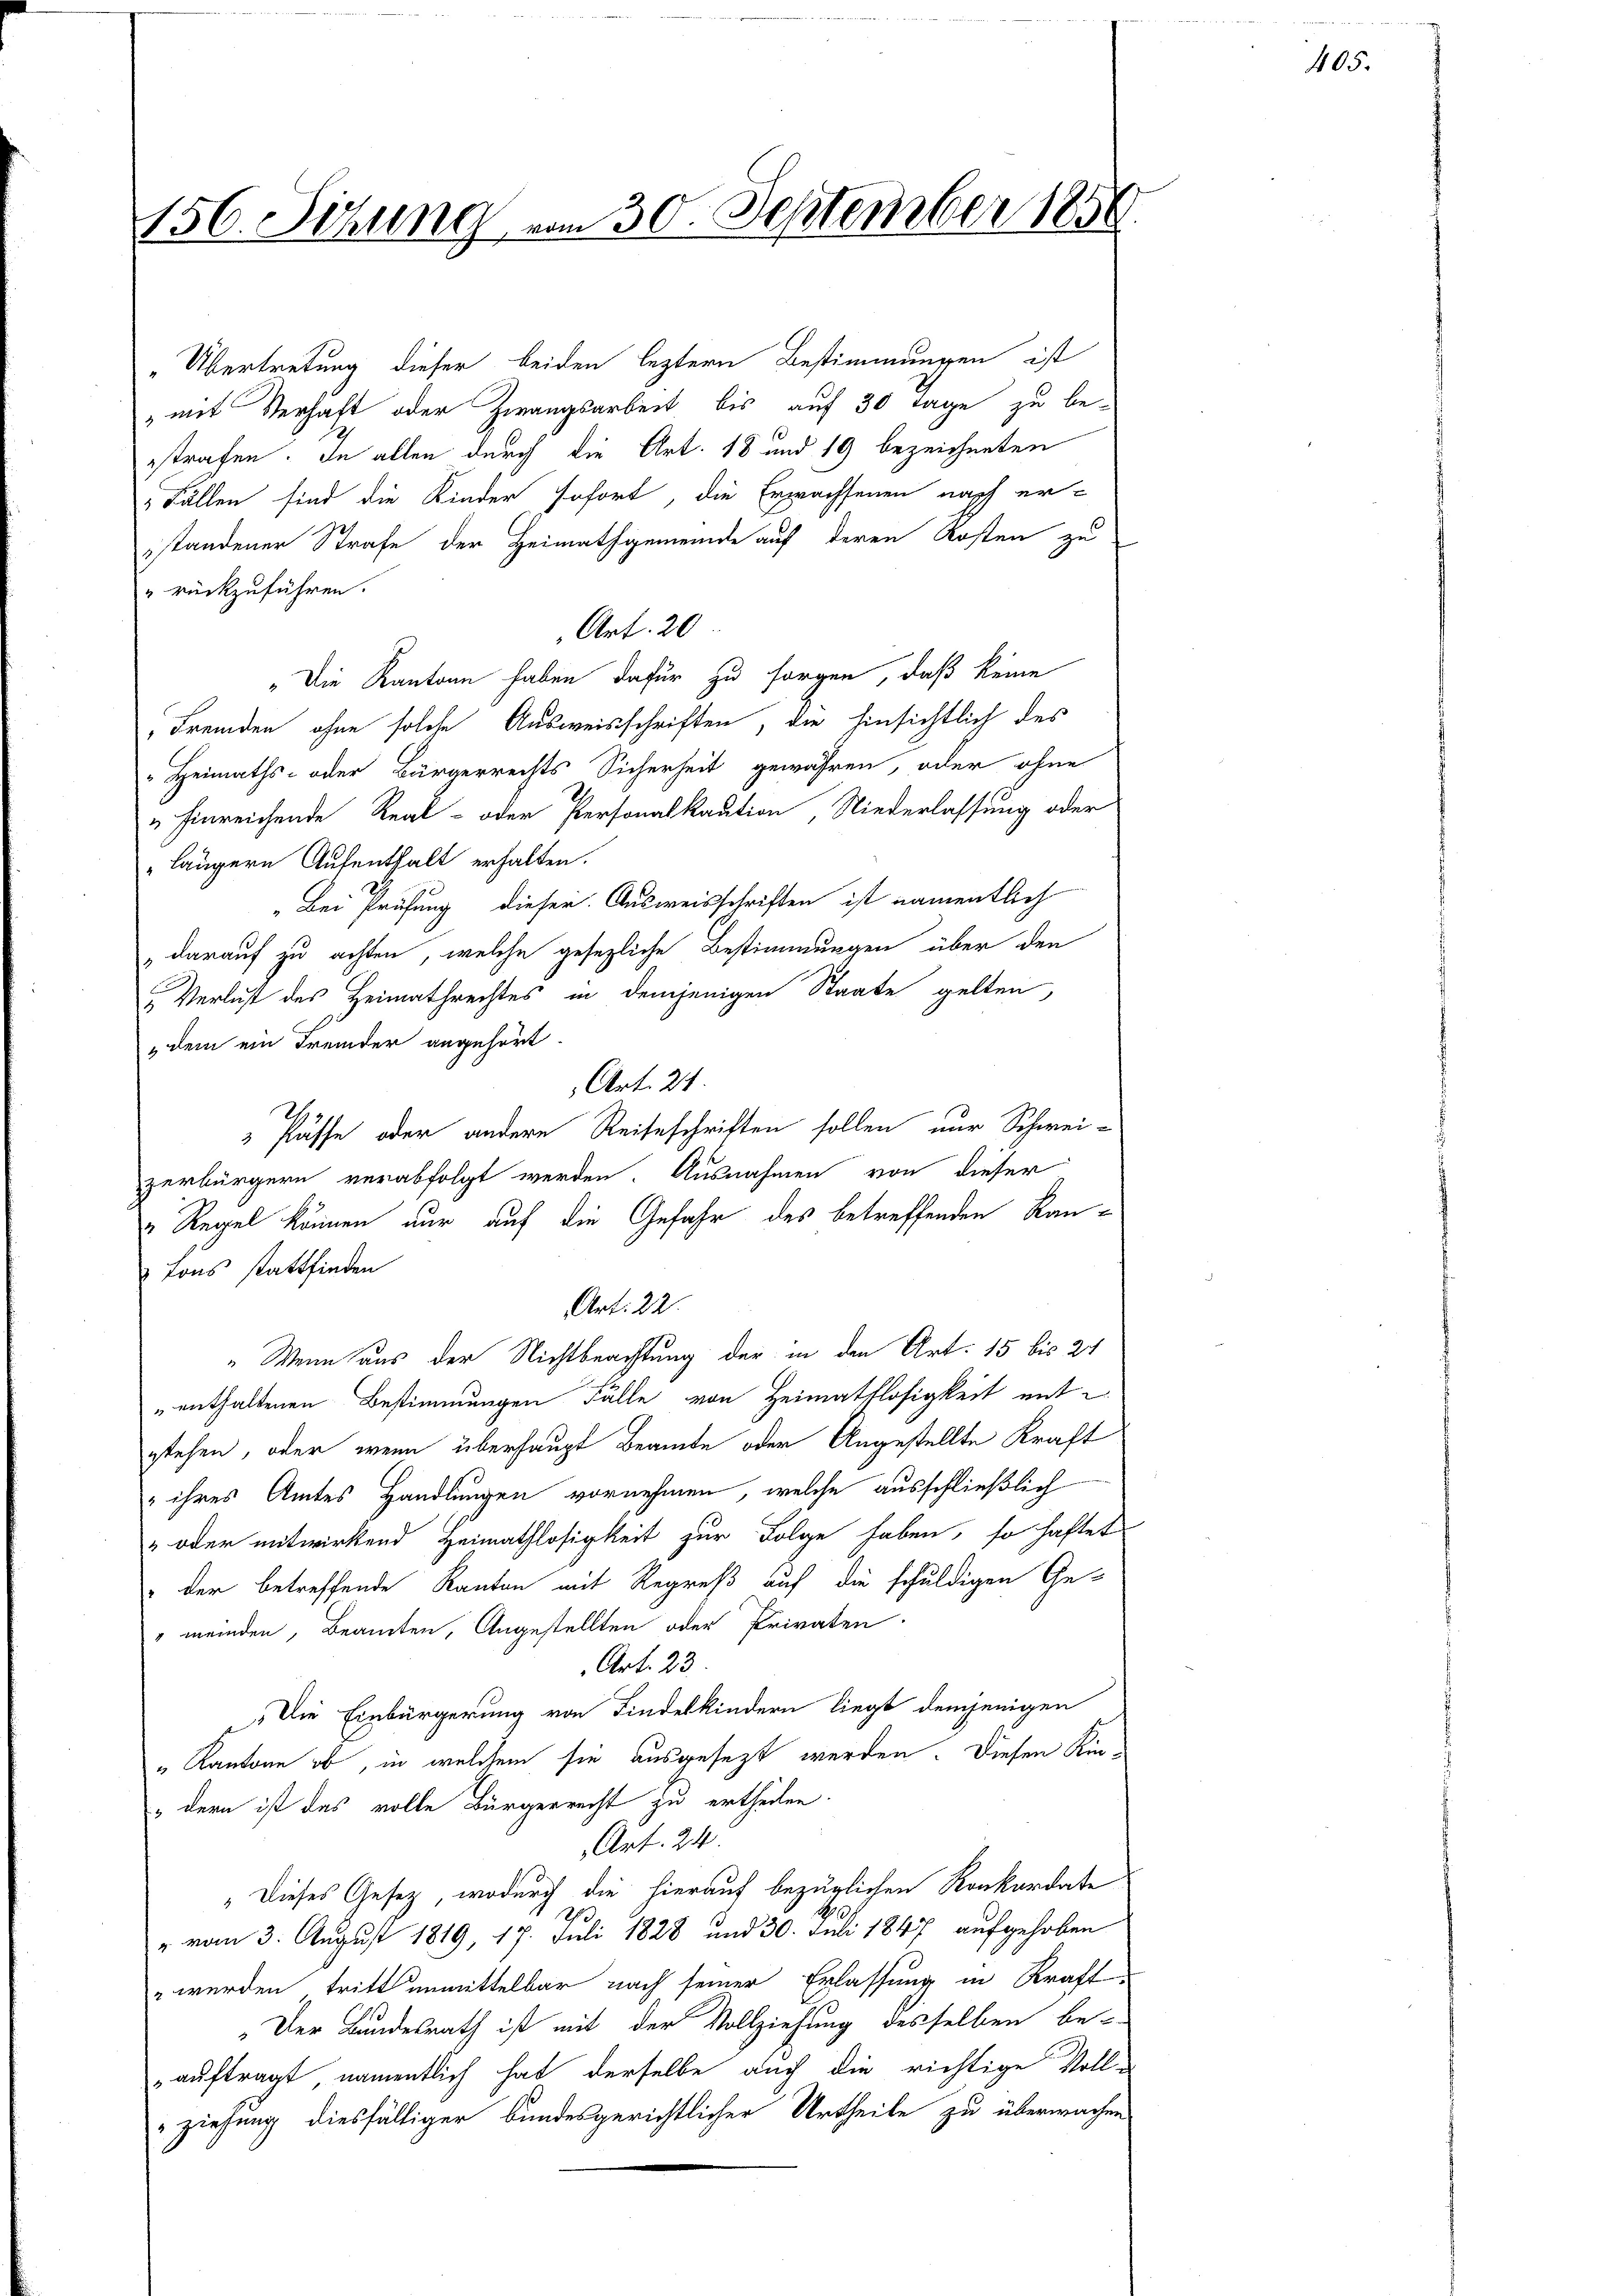
156. Sitzung vom 30. September 185

„Übertretung dieser beiden leztern Bestimmungen ist
„mit Verhaft oder Zwangsarbeit bis auf 30 Tage zu beestrafen. In allen durch die Art. 18 und 19 bezeichneten
Fällen sind die Kinder sofort, die Erwachsenen nach er-
standener Strafe der Heimathgemeinde auf deren Kosten zu
" rückzuführen.
Art. 20
„Die Kantone haben dafür zu sorgen, daß keine
Fremden ohne solche Ausweisschriften, die hinsichtlich des
" Heimaths- oder Bürgerrechts Sicherheit gewähren, oder ohne
" hinreichende Real- oder Personalkaution Niederlassung oder
längern Aufenthalt erhalten.
„Bei Prüfung dieser Ausweisschriften ist namentlich
darauf zu achten, welche gesezliche Bestimmungen über den
 Verlust des Heimathrechtes in demjenigen Staate gelten,
 dem ein Fremder angehört.
Pässe oder andere Reiseschriften sollen nur Schwei-
zerbürgern verabfolgt werden. Ausnahmen von dieser
" Regel können nur auf die Gefahr des betreffenden Kan¬
Tons stattfinden
Art. 22.
„Wenn aus der Nichtbeachtung der in den Art. 15 bis 24
„ enthaltenen Bestimmungen Fälle von Heimathlosigkeit mit
stehen, oder wenn überhaupt Beamte oder Angestellte Kraft
 ihres Amtes Handlungen vornehmen, welche ausschließlich
 oder mitwirkend Heimathlosigkeit zur Folge haben, so haftet
 der betreffende Kanton mit Regreß auf die schuldigen Ge-
" meinden, Beamten, Angestellten oder Privaten.
Art. 23.
Die Einbürgerung von Findelkindern liegt demjenigen
„Kantone ob, in welchem sie ausgesezt werden. Diesen Kinudern ist das volle Bürgerrecht zu ertheilen.
Art. 24.
" Dieses Gesetz, wodurch die hierauf bezüglichen Konkordate
Th
" vom 3. August 1819, 17. Juli 1828 und 30. Juli 1847 aufgehoben
 werden tritt unmittelbar nach seiner Erlassung in Kraft¬
„Der Bundesrath ist mit der Vollziehung desselben be-
auftragt, namentlich hat derselbe auch die richtige Voll-
ziehung diesfälliger bundesgerichtlicher Urtheile zu überwachen

Art. 21

405.